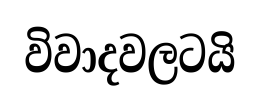
විවාදවලටයි